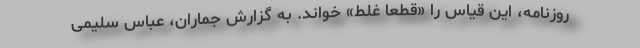
روزنامه، این قیاس را «قطعا غلط» خواند. به گزارش جماران، عباس سلیمی